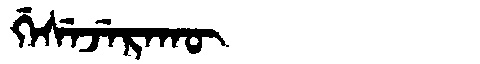
Manchu: ᡤᡝᠰᡝᠵᡝᡵᠠᡴᡡ
Romanization: GESEJERAKŪ